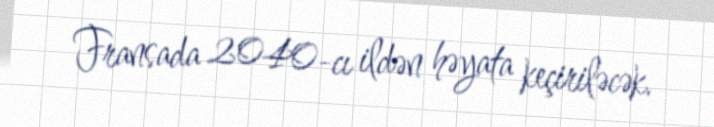
Fransada 2040-cı ildən həyata keçiriləcək.